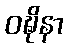
ဝဍ္ဎိနာ